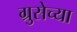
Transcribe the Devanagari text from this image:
ग्रुसेच्या